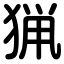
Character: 猟